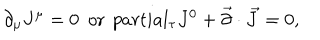
LaTeX: \partial _ { \mu } J ^ { \mu } = 0 \ \ \mathrm { o r } \ \, p a r t i a l _ { \tau } J ^ { 0 } + \vec { \partial } \cdot \vec { J } = 0 ,